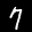
Label: 7